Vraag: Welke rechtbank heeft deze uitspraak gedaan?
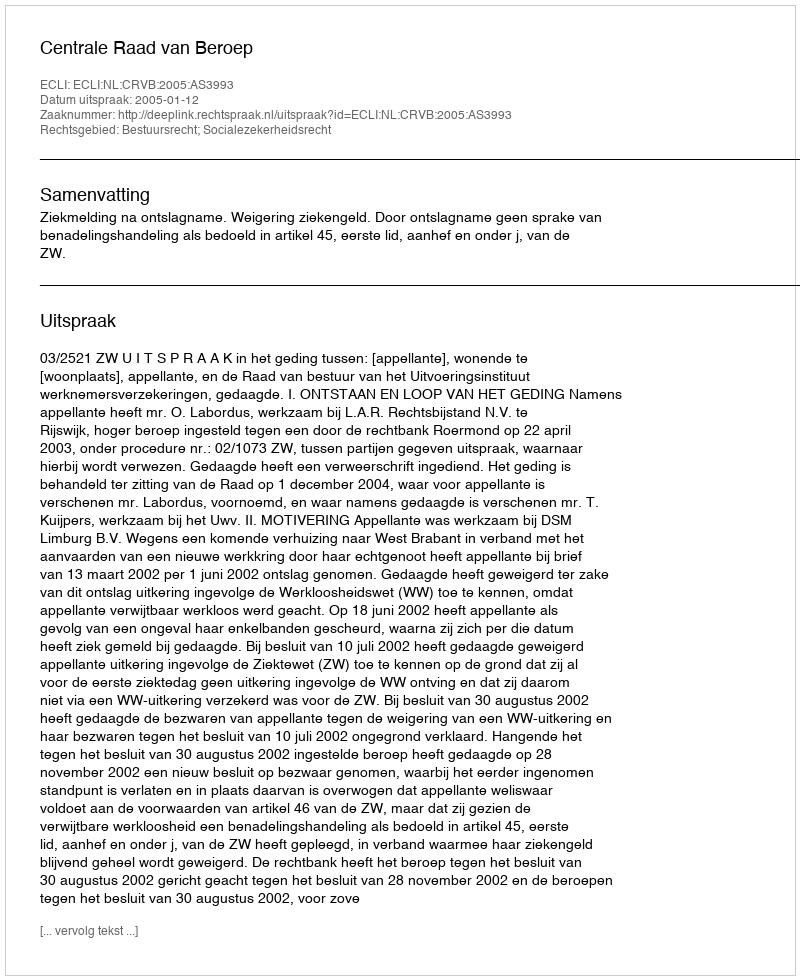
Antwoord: Centrale Raad van Beroep